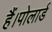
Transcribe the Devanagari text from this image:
हैं।पोलार्ड